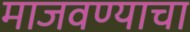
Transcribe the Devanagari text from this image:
माजवण्याचा